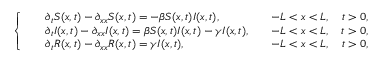
\left\{ \begin{array} { l l } { \begin{array} { r l r } & { \partial _ { t } S ( x , t ) - \partial _ { x x } S ( x , t ) = - \beta S ( x , t ) I ( x , t ) , } & { \quad - L < x < L , \quad t > 0 , } \\ & { \partial _ { t } I ( x , t ) - \partial _ { x x } I ( x , t ) = \beta S ( x , t ) I ( x , t ) - \gamma I ( x , t ) , } & { \quad - L < x < L , \quad t > 0 , } \\ & { \partial _ { t } R ( x , t ) - \partial _ { x x } R ( x , t ) = \gamma I ( x , t ) , } & { \quad - L < x < L , \quad t > 0 , } \end{array} } \end{array} \right.